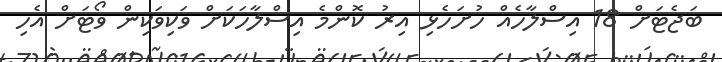
ބަޖެޓަށް 18 އިސްލާހެއް ހުށަހެޅި އިރު ކޮންމެ އިސްލާހަކަށް ވަކިވަކިން ވޯޓަށް އެހި